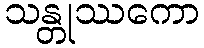
သန္တုဿကော